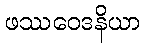
ဖဿဝေဒနိယာ